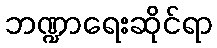
ဘဏ္ဍာရေးဆိုင်ရာ